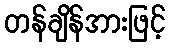
တန်ချိန်အားဖြင့်